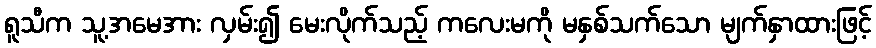
ရူသီက သူ့အမေအား လှမ်း၍ မေးလိုက်သည့် ကလေးမကို မနှစ်သက်သော မျက်နှာထားဖြင့်